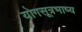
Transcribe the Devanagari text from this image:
योगसूत्रभाष्य